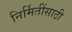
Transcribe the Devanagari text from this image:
निर्मितींसाठी